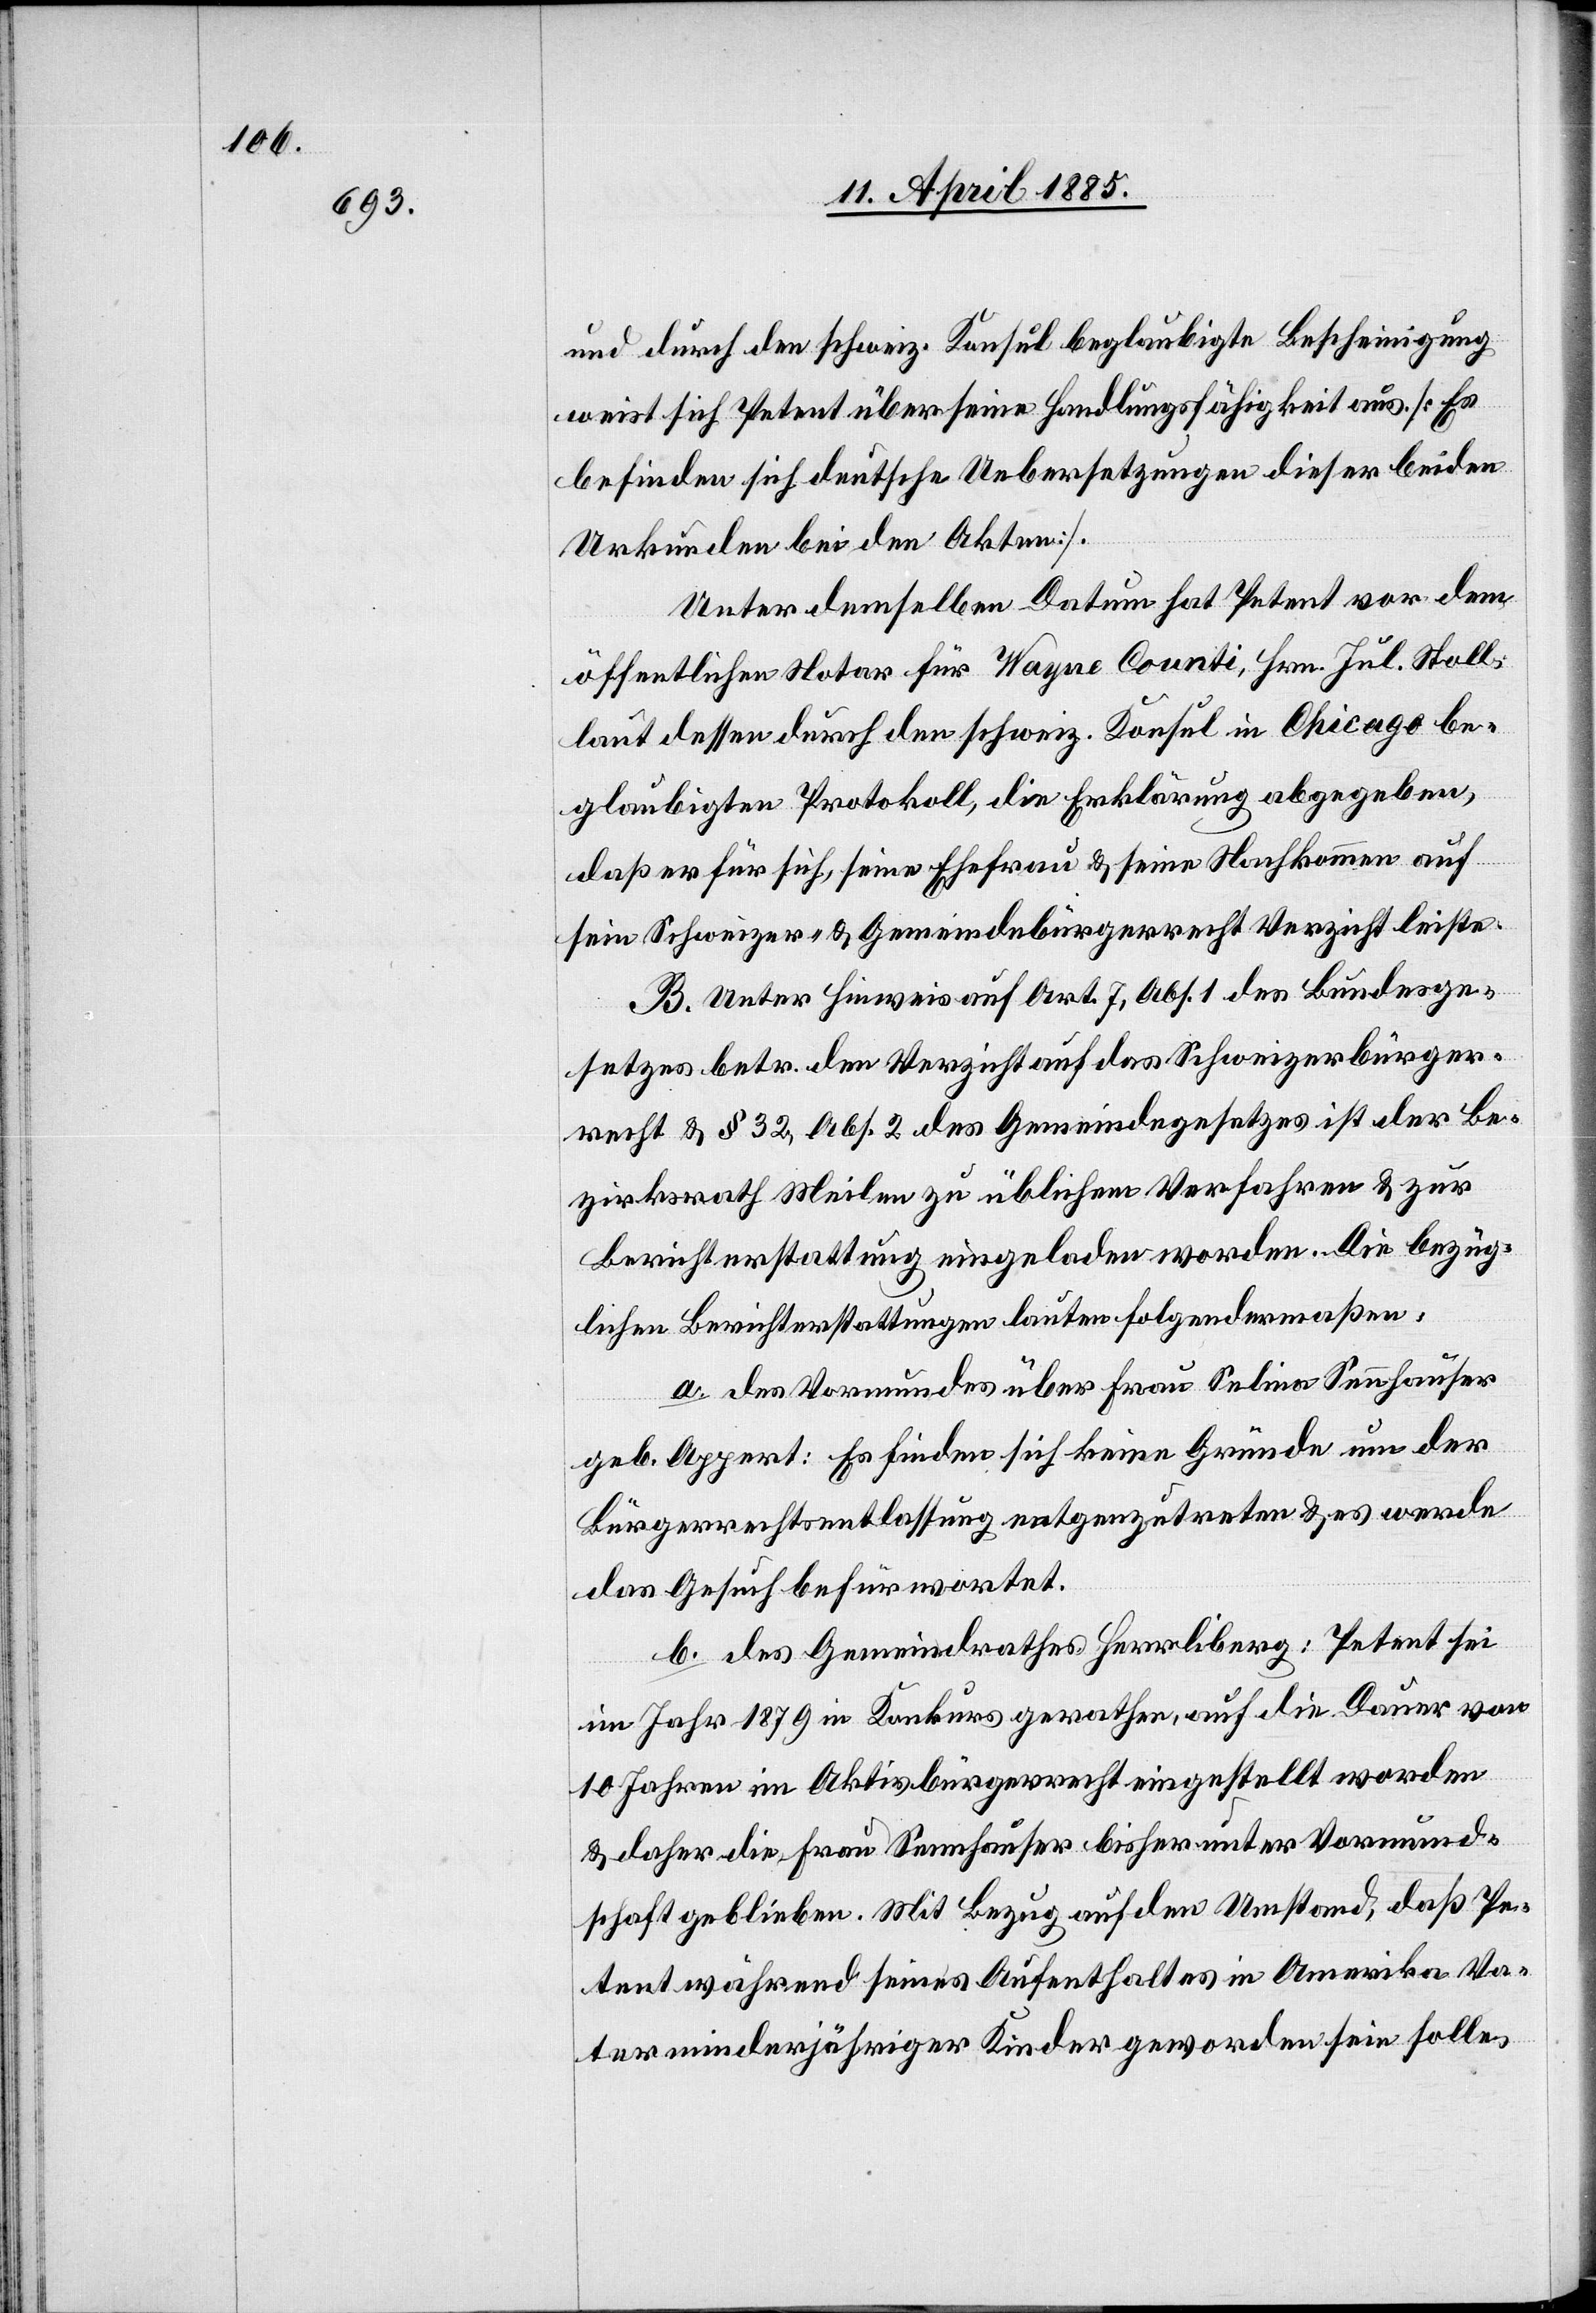
und durch den schweiz. Konsul beglaubigte Bescheinigung
weist sich Petent über seine Handlungsfähigkeit aus. [Es
befinden sich deutsche Uebersetzungen dieser beiden
Urkunden bei den Akten].
Unter demselben Datum hat Petent vor dem
öffentlichen Notar für Wayne Counti, Hrn. Jul. Stoll,
laut dessen durch den schweiz. Konsul in Chicago be¬
glaubigten Protokoll, die Erklärung abgegeben,
daß er für sich, seine Ehefrau & seine Nachkommen auf
sein Schweizer- & Gemeindebürgerrecht Verzicht leiste.
B. Unter Hinweis auf Art. 7, Abs. 1 des Bundesge¬
setzes betr. den Verzicht auf das Schweizerbürger¬
recht & § 32, Abs. 2 des Gemeindegesetzes ist der Be¬
zirksrath Meilen zu üblichem Verfahren & zur
Berichterstattung eingeladen worden. Die bezüg¬
lichen Berichterstattungen lauten folgendermaßen:
a. des Vormundes über Frau Selina Sennhauser
geb. Appert: Es finden sich keine Gründe um der
Bürgerrechtsentlassung entgegenzutreten & es werde
das Gesuch befürwortet.
b. des Gemeindrathes Herrliberg: Petent sei
im Jahr 1879 in Konkurs gerathen, auf die Dauer von
10 Jahren im Aktivbürgerrecht eingestellt worden
& daher die Frau Sennhauser bisher unter Vormund¬
schaft geblieben. Mit Bezug auf den Umstand, daß Pe¬
tent während seines Aufenthaltes in Amerika Va¬
ter minderjähriger Kinder geworden sein solle,